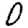
Digit: 0